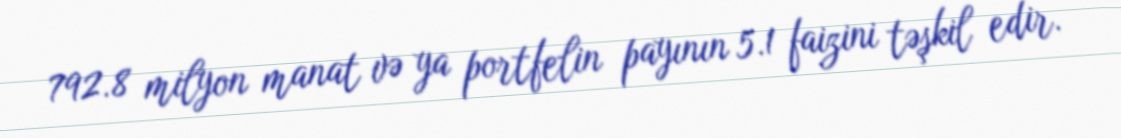
792.8 milyon manat və ya portfelin payının 5.1 faizini təşkil edir.